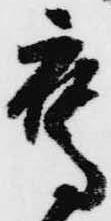
鷹